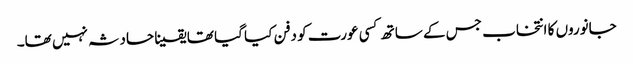
جانوروں کا انتخاب جس کے ساتھ کسی عورت کو دفن کیا گیا تھا یقینا حادثہ نہیں تھا۔